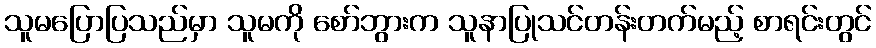
သူမပြောပြသည်မှာ သူမကို စော်ဘွားက သူနာပြုသင်တန်းတက်မည့် စာရင်းတွင်